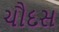
ચૌદસ